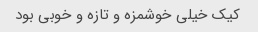
کیک خیلی خوشمزه و تازه و خوبی بود